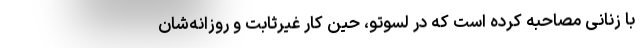
با زنانی مصاحبه کرده است که در لسوتو، حین کار غیرثابت و روزانه‌شان